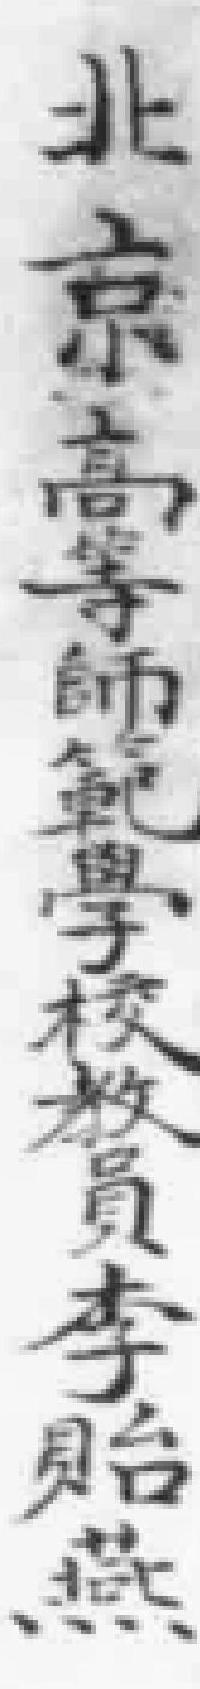
北京高等師範學校教員李貽燕